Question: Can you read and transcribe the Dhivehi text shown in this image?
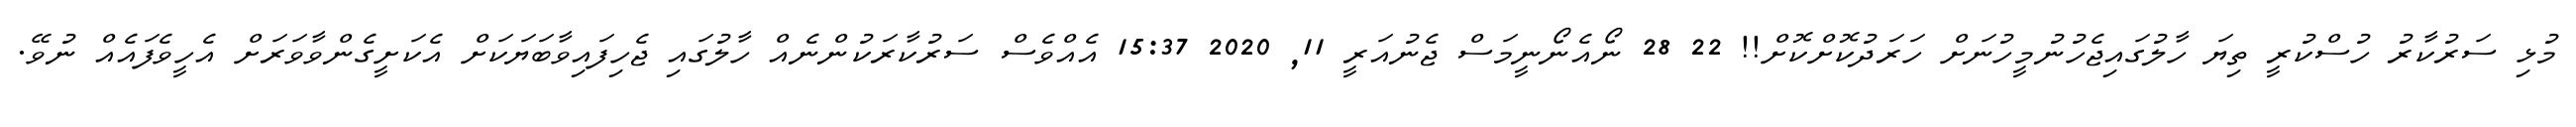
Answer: މުޅި ސަރުކާރު ހުސްކުރީ ތިޔަ ހާލުގައިޖެހުނުމީހުނަށް ހަރަދުކޮށްކޮށް!! 22 28 ނޯއެނޯނީމަސް ޖެނުއަރީ 11, 2020 15:37 އެއްވެސް ސަރުކާރަކުންނެއް ހާލުގައި ޖެހިފައިވާބަޔަކަށް އެކަށީގެންވާވަރަށް އެހީވެފައެއް ނުވޭ.